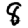
Digit: 8